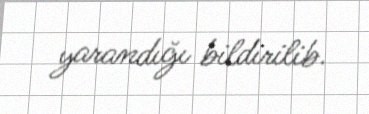
yarandığı bildirilib.